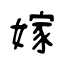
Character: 嫁